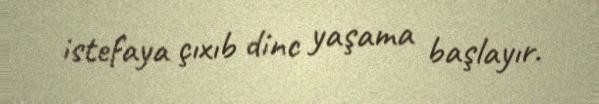
istefaya çıxıb dinc yaşama başlayır.